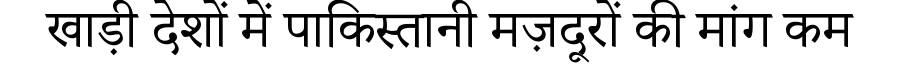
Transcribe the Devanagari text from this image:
खाड़ी देशों में पाकिस्तानी मज़दूरों की मांग कम